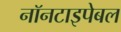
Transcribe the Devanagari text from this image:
नॉनटाइपेबल